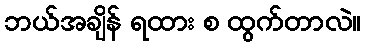
ဘယ်အချိန် ရထား စ ထွက်တာလဲ။